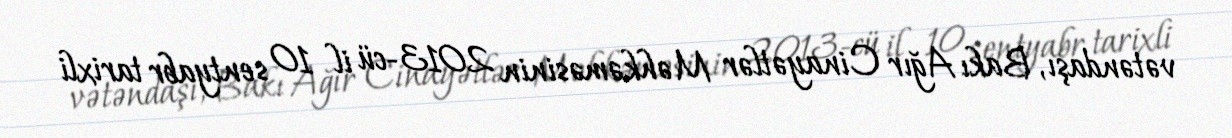
vətəndaşı, Bakı Ağır Cinayətlər Məhkəməsinin 2013-cü il 10 sentyabr tarixli